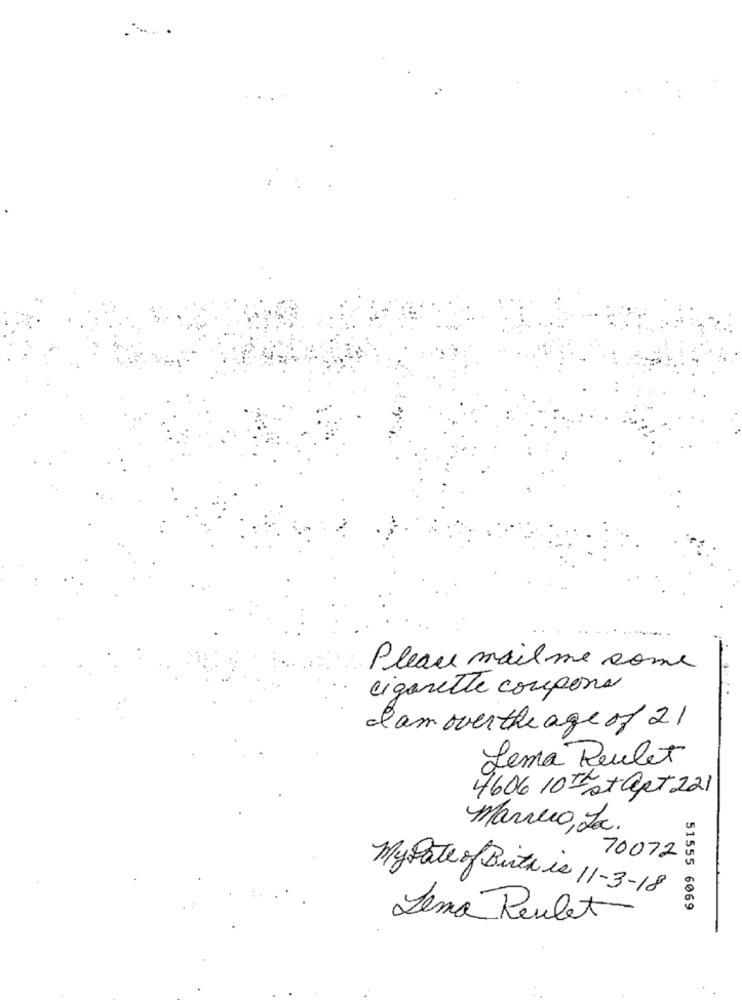
Pleas mail me come
cigarette coupons
Iam overthe age of 21
Lema Reulet
4606 10 Fst apt 221
Marino, La.
70072
My Date of Birth is 11-3-18
51555 6069
Lema Poulet